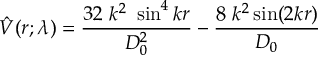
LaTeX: \hat { V } ( r ; \lambda ) = \frac { 3 2 ~ k ^ { 2 } ~ \sin ^ { 4 } k r } { D _ { 0 } ^ { 2 } } - \frac { 8 ~ k ^ { 2 } \sin ( 2 k r ) } { D _ { 0 } }